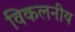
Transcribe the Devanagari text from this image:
विकलनीय